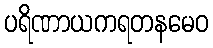
ပရိဏာယကရတနမေဝ